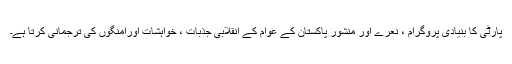
پارٹی کا بنیادی پروگرام ، نعرے اور منشور پاکستان کے عوام کے انقلابی جذبات ، خواہشات اورامنگوں کی ترجمانی کرتا ہے۔